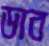
ডাব